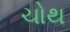
ચોથ